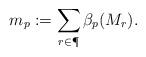
LaTeX: \begin{gather*}m_p := \sum_{r\in\P}\beta_p(M_r).\end{gather*}